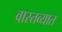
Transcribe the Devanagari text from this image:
वास्‍तव्‍यात